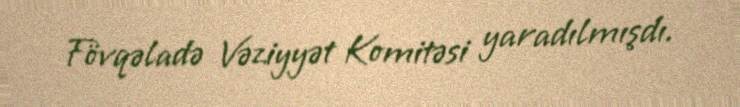
Fövqəladə Vəziyyət Komitəsi yaradılmışdı.